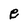
Character: e